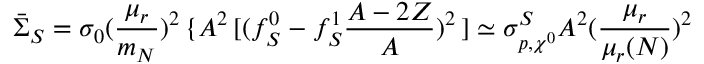
\bar { \Sigma } _ { S } = \sigma _ { 0 } ( \frac { \mu _ { r } } { m _ { N } } ) ^ { 2 } \, \{ A ^ { 2 } \, [ ( f _ { S } ^ { 0 } - f _ { S } ^ { 1 } \frac { A - 2 Z } { A } ) ^ { 2 } \, ] \simeq \sigma _ { p , \chi ^ { 0 } } ^ { S } A ^ { 2 } ( \frac { \mu _ { r } } { \mu _ { r } ( N ) } ) ^ { 2 }